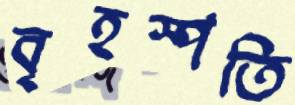
বৃহস্পতি